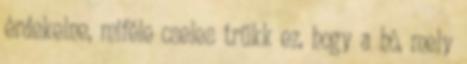
érdekelne, miféle cseles trükk ez, hogy a hó, mely